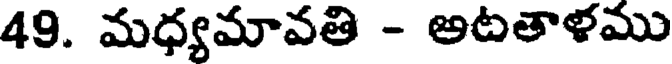
49. మధ్యమావతి - అటతాళము